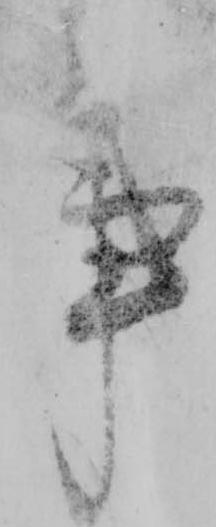
事